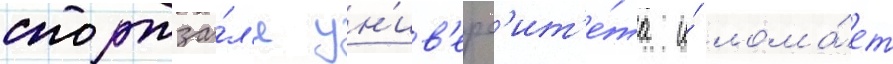
спортза́л'е ун'ив'ерс'ит'е́та и́ лома́ет